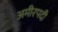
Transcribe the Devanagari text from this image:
अमीरपदी